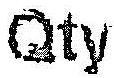
QTY